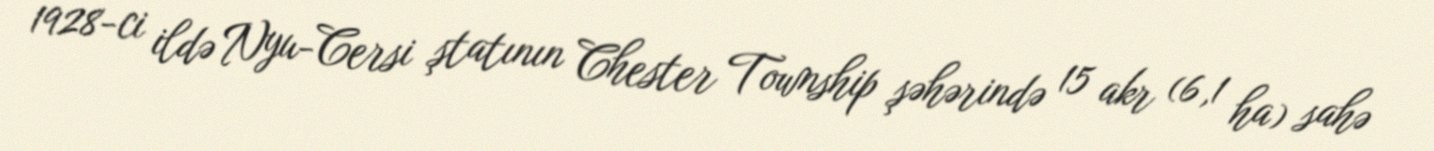
1928-ci ildə Nyu-Cersi ştatının Chester Township şəhərində 15 akr (6,1 ha) sahə